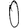
Digit: 0